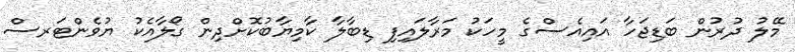
މޭލު ދުރުން ބަޑިޖަހާ އައިއެސްގެ މީހަކު މަރާލައިފި ޑިބާލާ ކާމިޔާބުކޮށްދިން ގޯލާއެކު ޔުވެންޓަރސް